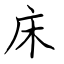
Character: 床